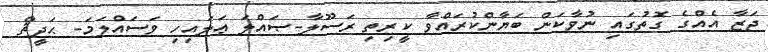
ޖަޒާ އެއްގެ ގޮތުގައި ނުވާކަން ބަޔާންކުރައްވާ ކީރިތި ރަސޫލާ-ޞައްލަ ޢަލައިހި ވަސައްލަމަ- ޙަދީޘް